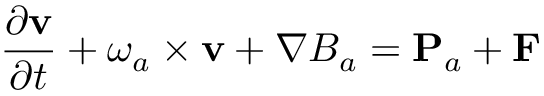
\frac { \partial { \bf v } } { \partial t } + \boldsymbol { \omega } _ { a } \times { \bf v } + \nabla B _ { a } = { \bf P } _ { a } + { \bf F }